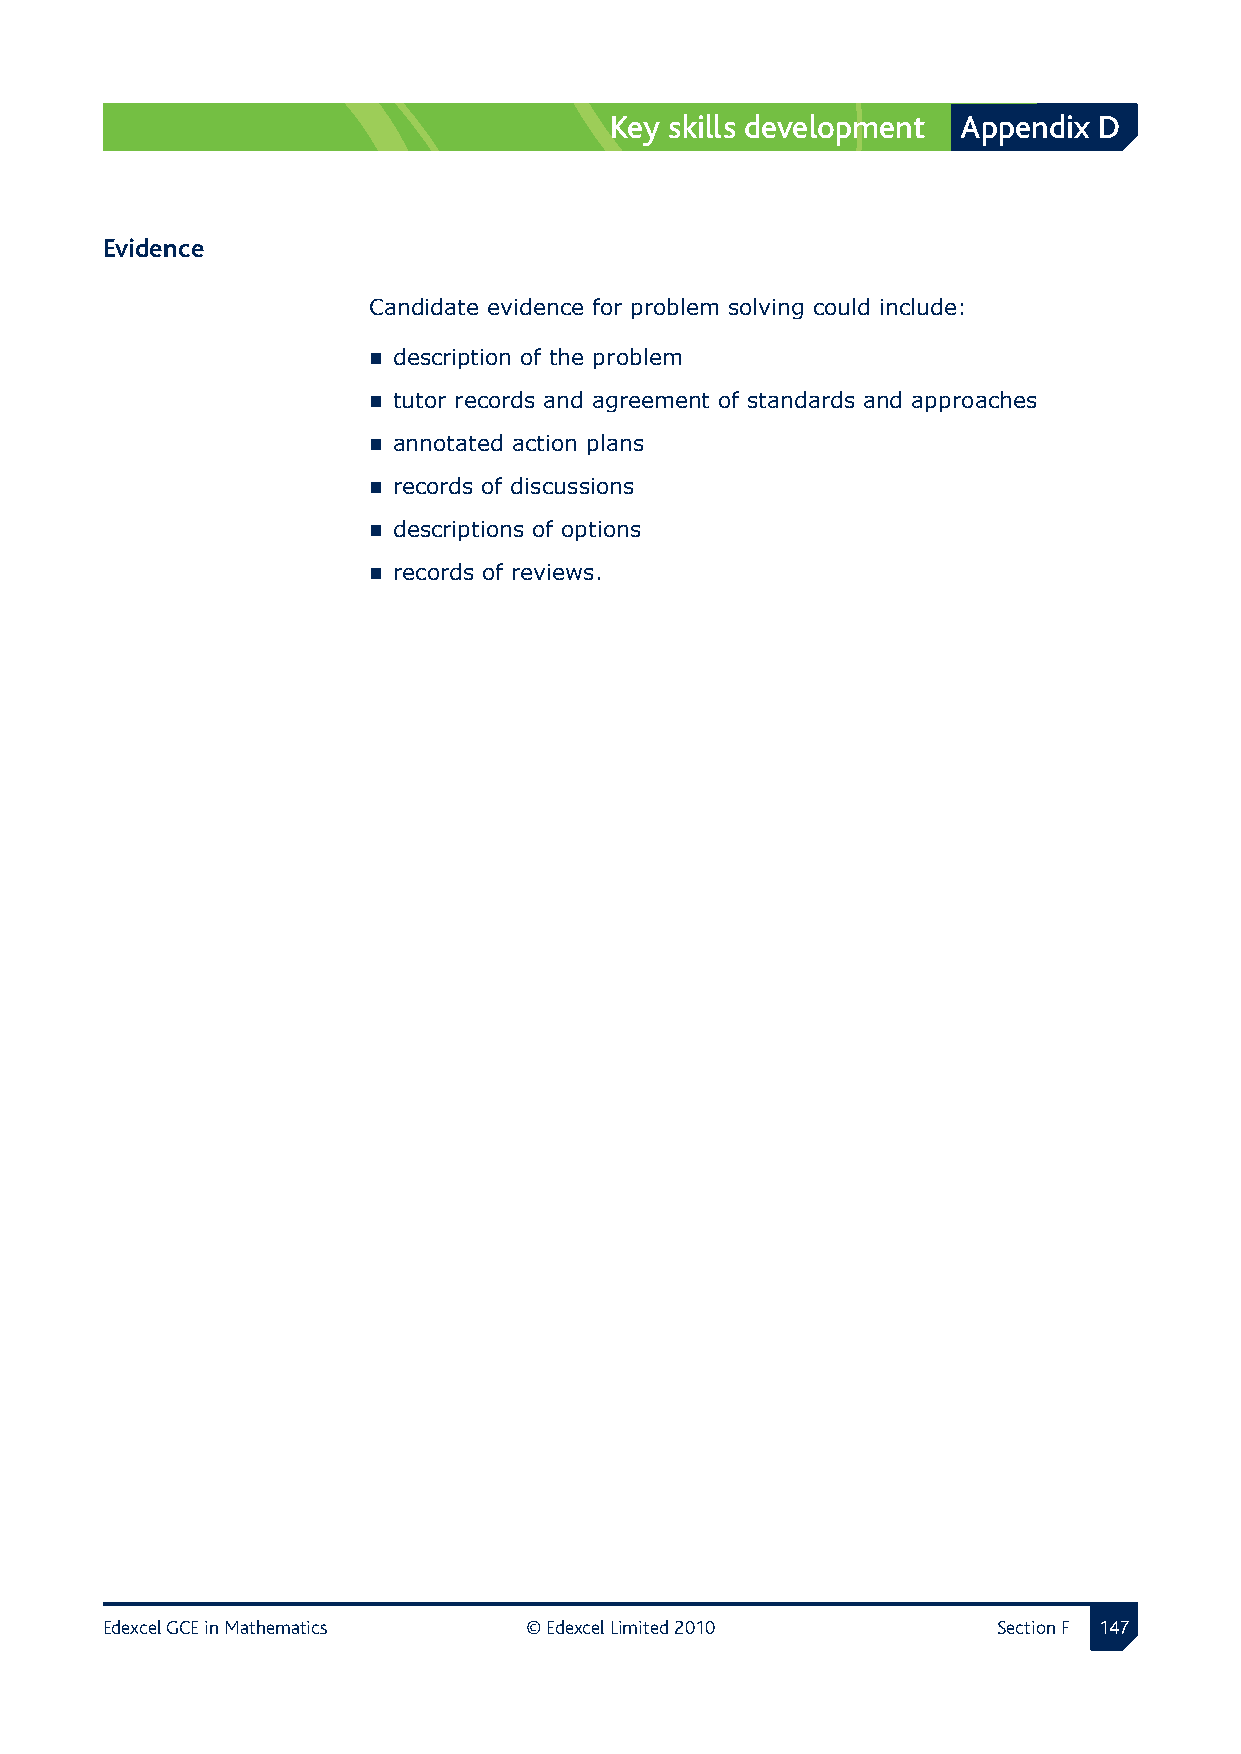
Key skills development  Appendix D
 Evidence
 Candidate evidence for problem solving could include:
  description of the problem
  tutor records and agreement of standards and approaches
  annotated action plans
  records of discussions
  descriptions of options
  records of reviews.
 Edexcel GCE in Mathematics  © Edexcel Limited 2010         Section F 1